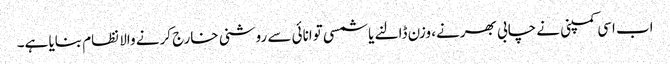
اب اسی کمپنی نے چابی بھرنے، وزن ڈالنے یا شمسی توانائی سے روشنی خارج کرنے والا نظام بنایا ہے۔